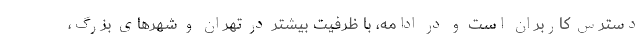
دسترس کاربران است و در ادامه، با ظرفیت بیشتر در تهران و شهرهای بزرگ،